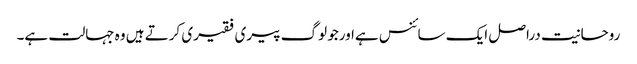
روحانیت دراصل ایک سائنس ہےاورجو لوگ پیری فقیری کرتے ہیں وہ جہالت ہے۔